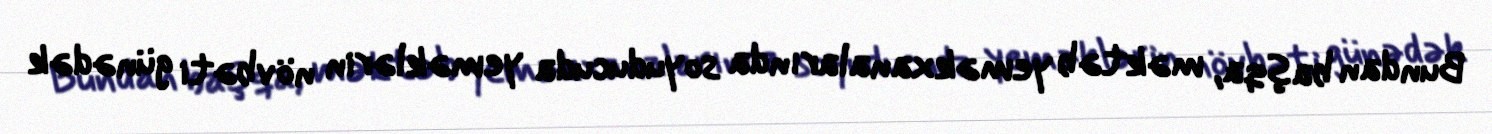
Bundan başqa, məktəb yeməkxanalarında soyuducuda yeməklərin növbəti günədək